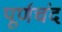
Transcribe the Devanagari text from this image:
पूर्णचंद